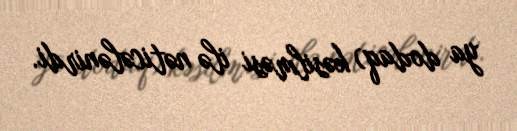
ya dodaq) kəsilməsi ilə nəticələnirdi.